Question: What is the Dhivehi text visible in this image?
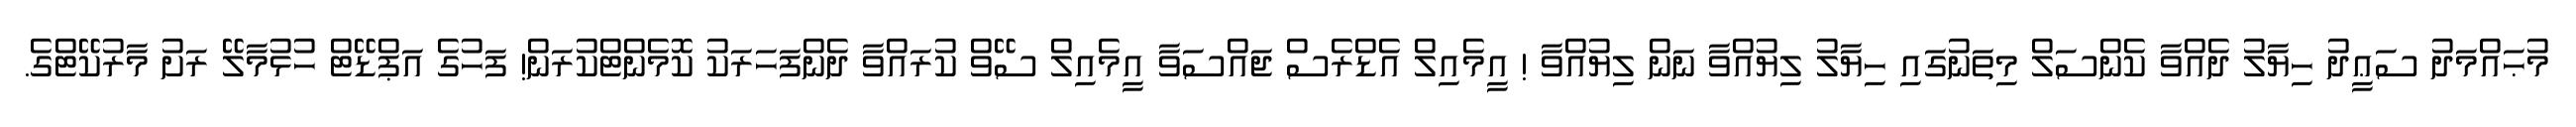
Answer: މުޙައްމަދު ސަޢީދު ހިޔާލު ދެއްވާ ކެންސަލް މިތަނުގައި ހިޔާލު ލިޔުއްވާ ނަން ލިޔުއްވާ ! އީމެއިލް އެޑްރެސް ޖައްސަވާ އީމެއިލް ސޭވް ކުރައްވާ ދެންފަހަރަކު ކޮމެންޓްކުރަން! ފަހުގެ އަޕްޑޭޓް ހުޅުމާލޭ ރަށު މާރުކޭޓްގެ.